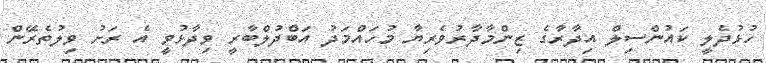
ހުޅުދެލީ ކައުންސިލް އިދާރާގެ ޒިންމާދާރުވެރިޔާ މުހައްމަދު އަބްދުލްބާރީ ވިދާޅުވީ އެ ރަށު ވިލުތެރޭން